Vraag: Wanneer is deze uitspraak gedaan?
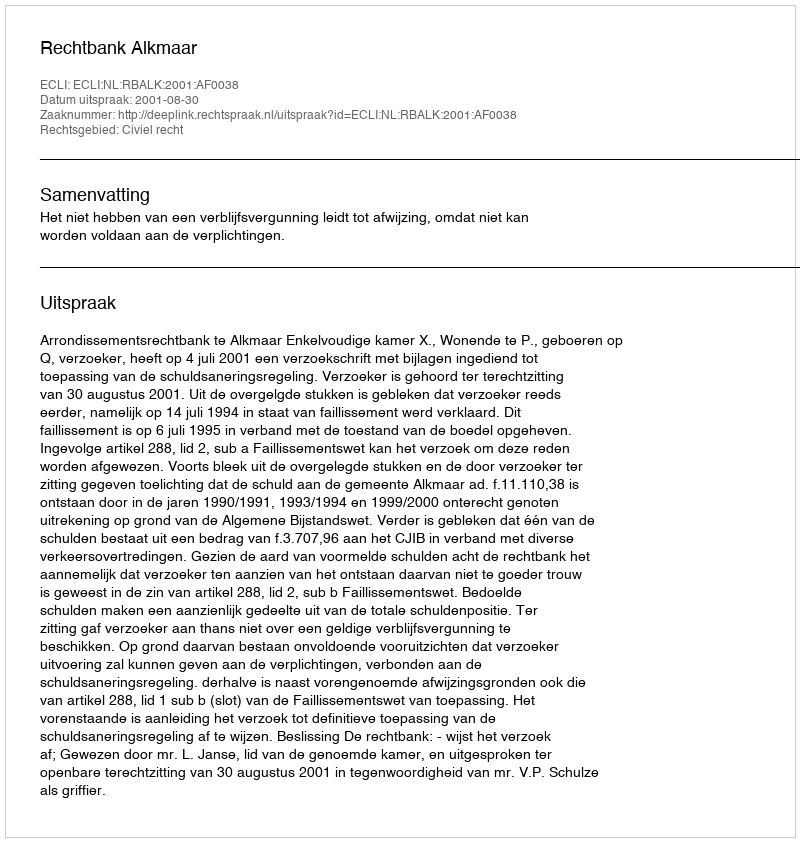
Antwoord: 2001-08-30